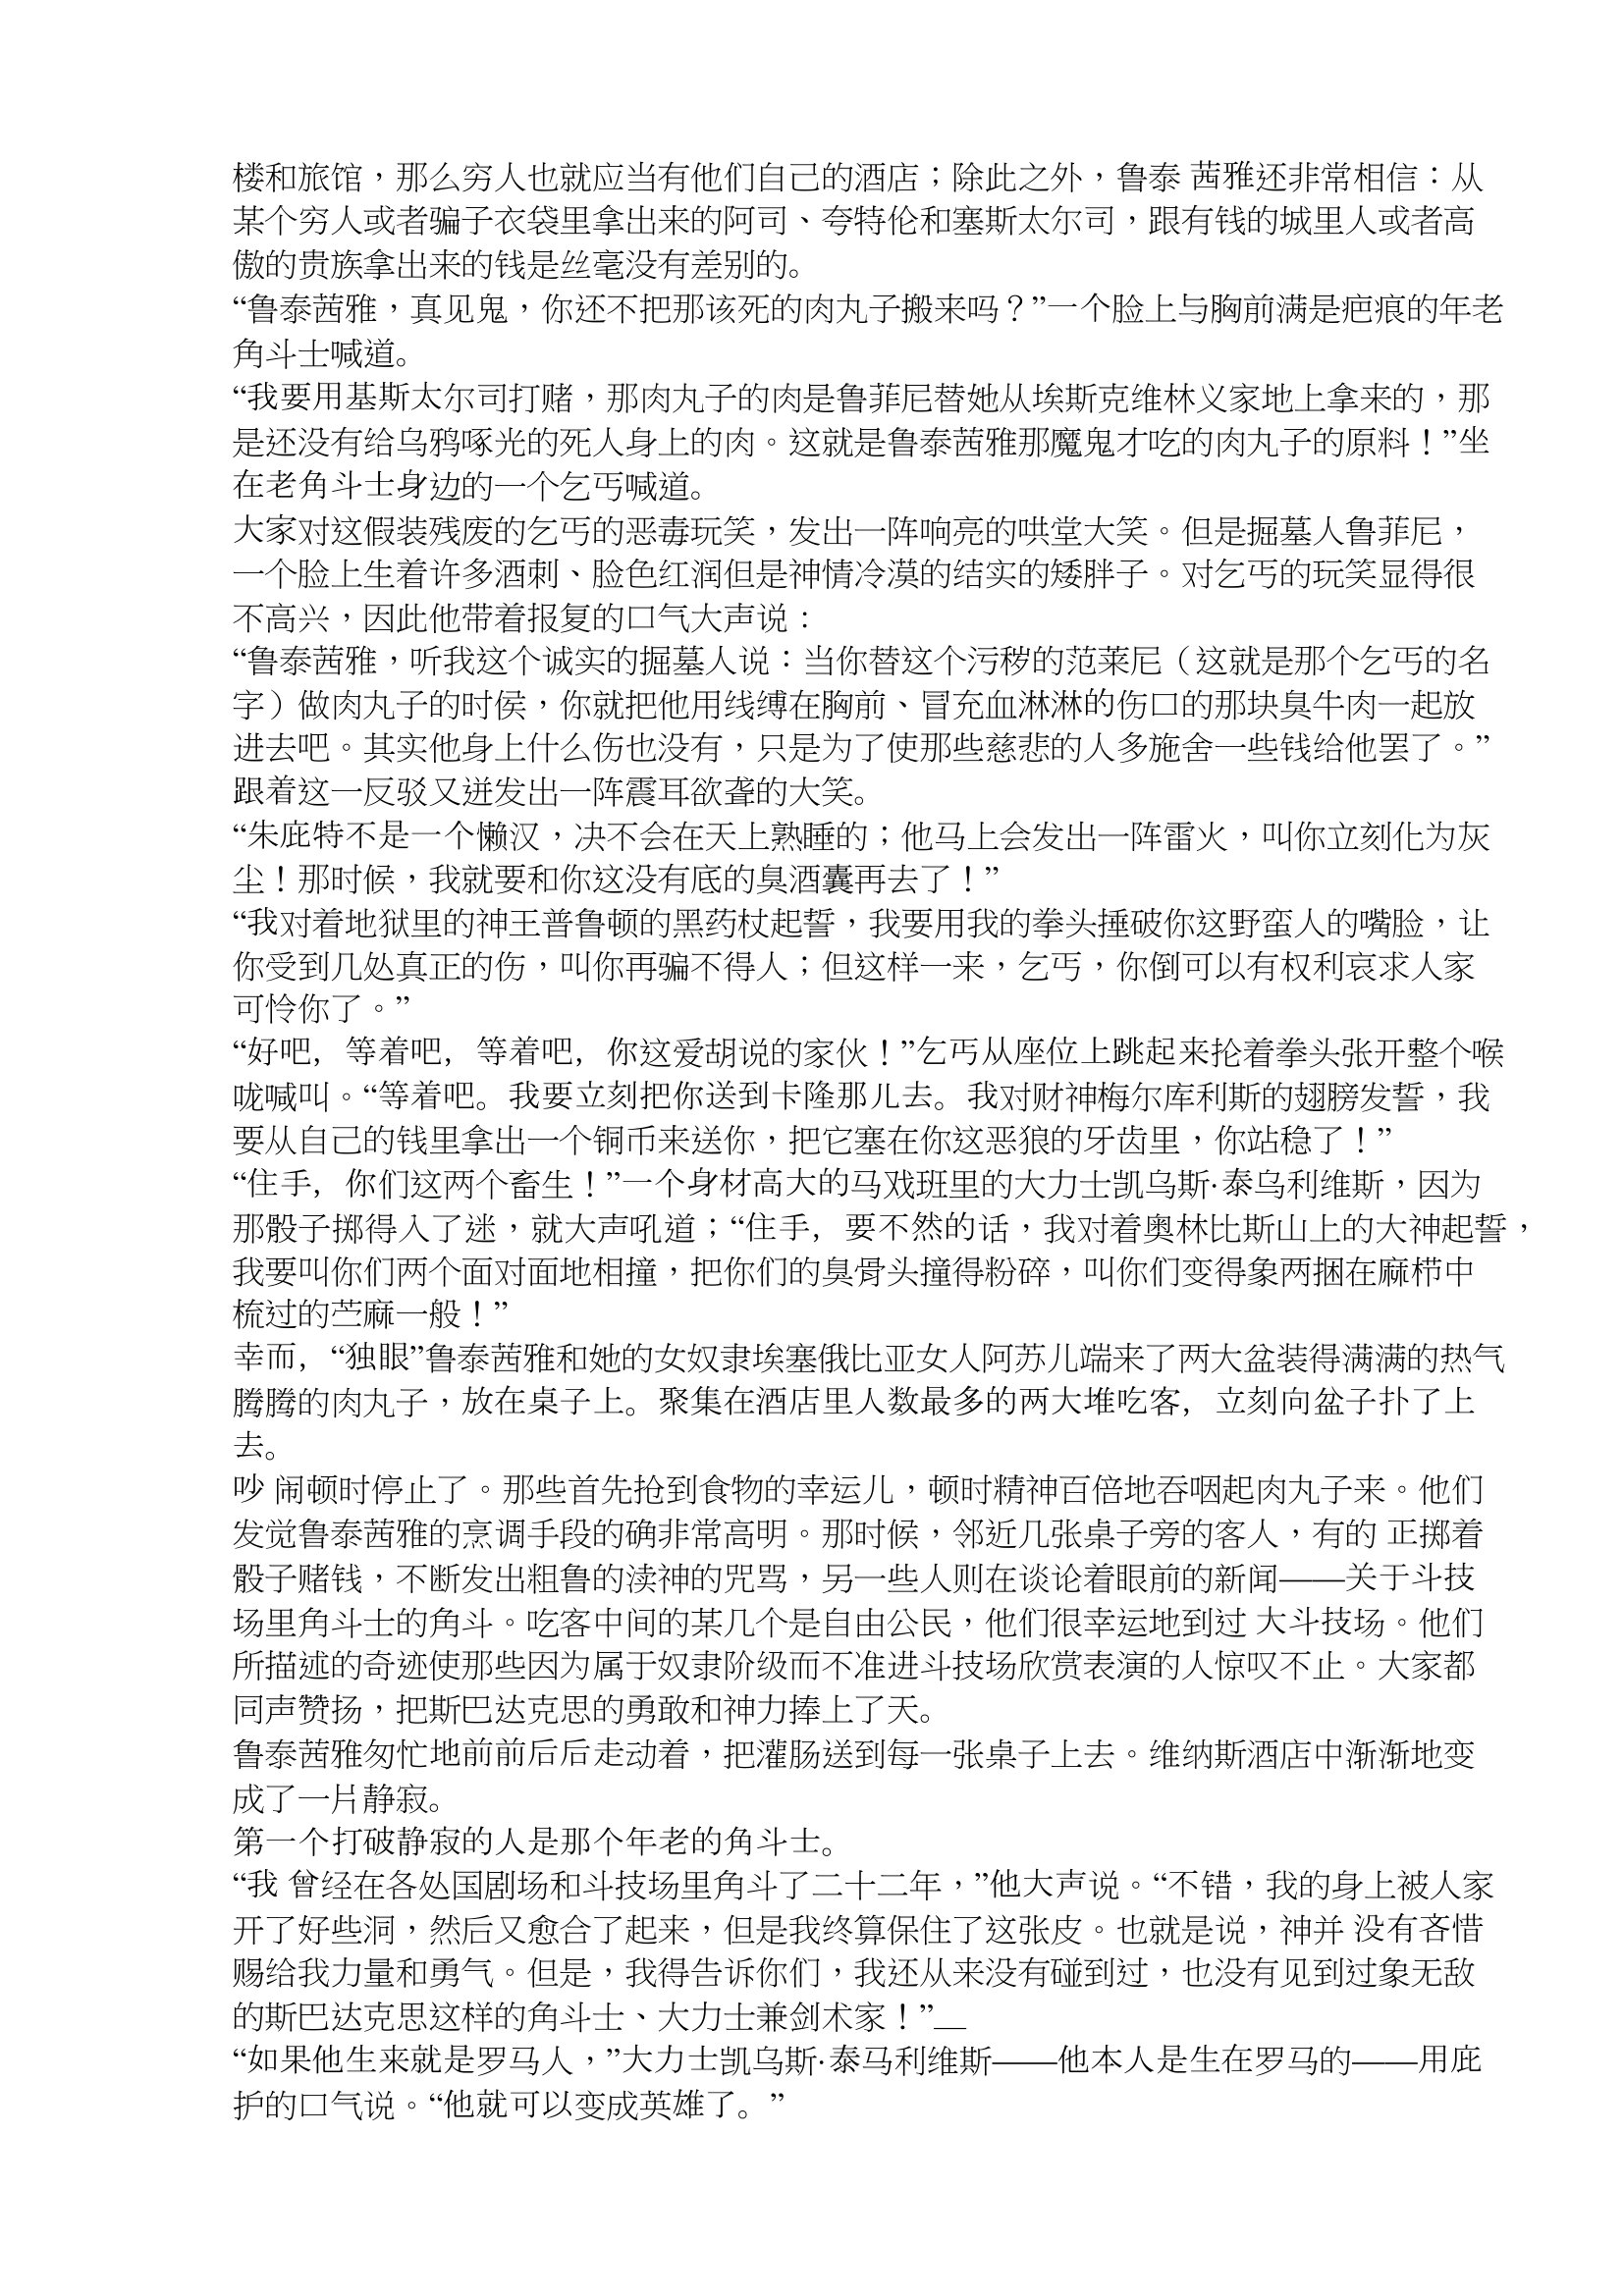
Language: zh